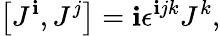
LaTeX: \left[J^{\mathbf{i}},J^{j}\right]=\mathbf{i}\epsilon^{\mathbf{i}jk}J^{k},